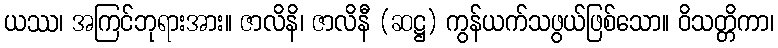
ယဿ၊ အကြင်ဘုရားအား။ ဇာလိနိ၊ ဇာလိနီ (ဆဋ္ဌ) ကွန်ယက်သဖွယ်ဖြစ်သော။ ဝိသတ္တိကာ၊